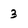
Character: 3